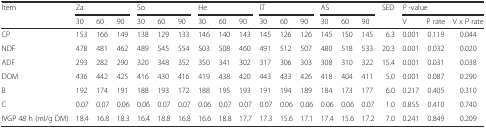
<table><thead><tr><td rowspan="2"><b>Item</b></td><td colspan="3"><b>Za</b></td><td colspan="3"><b>So</b></td><td colspan="3"><b>He</b></td><td colspan="3"><b>IT</b></td><td colspan="3"><b>AS</b></td><td rowspan="2"><b>SED</b></td><td colspan="3"><b><i>P</i> -value</b></td></tr><tr><td><b>30</b></td><td><b>60</b></td><td><b>90</b></td><td><b>30</b></td><td><b>60</b></td><td><b>90</b></td><td><b>30</b></td><td><b>60</b></td><td><b>90</b></td><td><b>30</b></td><td><b>60</b></td><td><b>90</b></td><td><b>30</b></td><td><b>60</b></td><td><b>90</b></td><td><b>V</b></td><td><b>P rate</b></td><td><b>V x P rate</b></td></tr></thead><tbody><tr><td>CP</td><td>153</td><td>166</td><td>149</td><td>138</td><td>129</td><td>133</td><td>146</td><td>140</td><td>143</td><td>145</td><td>126</td><td>126</td><td>145</td><td>150</td><td>145</td><td>6.3</td><td>0.001</td><td>0.119</td><td>0.044</td></tr><tr><td>NDF</td><td>478</td><td>481</td><td>462</td><td>489</td><td>545</td><td>554</td><td>503</td><td>508</td><td>460</td><td>491</td><td>512</td><td>507</td><td>480</td><td>518</td><td>533</td><td>20.3</td><td>0.001</td><td>0.032</td><td>0.020</td></tr><tr><td>ADF</td><td>293</td><td>282</td><td>290</td><td>320</td><td>348</td><td>352</td><td>350</td><td>341</td><td>302</td><td>317</td><td>306</td><td>303</td><td>308</td><td>310</td><td>322</td><td>15.4</td><td>0.001</td><td>0.031</td><td>0.038</td></tr><tr><td>DOM</td><td>436</td><td>442</td><td>425</td><td>416</td><td>430</td><td>416</td><td>419</td><td>438</td><td>420</td><td>443</td><td>433</td><td>426</td><td>418</td><td>404</td><td>411</td><td>5.0</td><td>0.001</td><td>0.087</td><td>0.290</td></tr><tr><td>B</td><td>192</td><td>174</td><td>191</td><td>188</td><td>193</td><td>172</td><td>188</td><td>195</td><td>193</td><td>191</td><td>194</td><td>189</td><td>184</td><td>173</td><td>177</td><td>6.0</td><td>0.217</td><td>0.405</td><td>0.310</td></tr><tr><td>C</td><td>0.07</td><td>0.07</td><td>0.06</td><td>0.06</td><td>0.07</td><td>0.07</td><td>0.06</td><td>0.07</td><td>0.07</td><td>0.07</td><td>0.06</td><td>0.06</td><td>0.06</td><td>0.06</td><td>0.07</td><td>1.0</td><td>0.855</td><td>0.410</td><td>0.740</td></tr><tr><td>IVGP 48 h (ml/g DM)</td><td>18.4</td><td>16.8</td><td>18.3</td><td>16.4</td><td>18.8</td><td>16.8</td><td>16.6</td><td>18.8</td><td>17.7</td><td>17.3</td><td>15.6</td><td>17.1</td><td>17.4</td><td>15.6</td><td>17.2</td><td>7.0</td><td>0.241</td><td>0.849</td><td>0.209</td></tr></tbody></table>